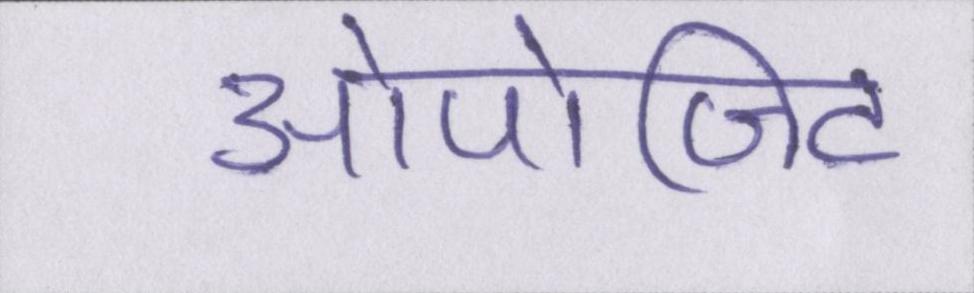
ओपोजिट